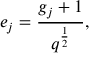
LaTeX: e _ { j } = \frac { g _ { j } + 1 } { q ^ { \frac { 1 } { 2 } } } ,